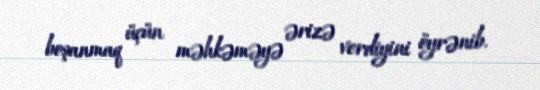
boşanmaq üçün məhkəməyə ərizə verdiyini öyrənib.